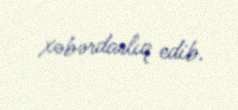
xəbərdarlıq edib.